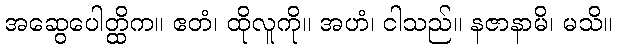
အဆွေပေါတ္ထိက။ ဧတံ၊ ထိုလူကို။ အဟံ၊ ငါသည်။ နဇာနာမိ၊ မသိ။